Report on the Civil Veterinary Department, Eastern Bengal and Assam - 1907-1911
Year: 1907
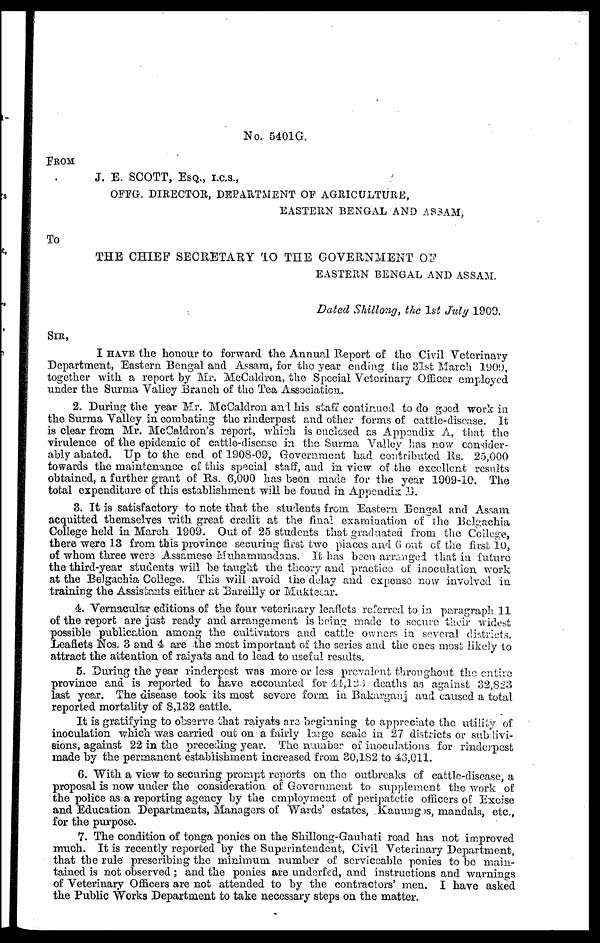
No. 5401G.
FROM
J. E. SCOTT, ESQ., I.C.S.,
OFFG. DIRECTOR, DEPARTMENT OF AGRICULTURE,
EASTERN BENGAL AND ASSAM,
To
THE CHIEF SECRETARY TO THE GOVERNMENT OF
EASTERN BENGAL AND ASSAM.
Dated Shillong, the 1st July 1909.
SIR,
I HAVE the honour to forward the Annual Report of the Civil Veterinary-
Department, Eastern Bengal and Assam, for the year ending the 31st March 1909,
together with a report by Mr. McCaldron, the Special Veterinary Officer employed
under the Surma Valley Branch of the Tea Association.
2. During the year Mr. McCaldron and his staff continued to do good work in
the Surma Valley in combating the rinderpest and other forms of cattle-disease. It
is clear from Mr. McCaldron's report, which is enclosed as Appendix A, that the
virulence of the epidemic of cattle-disease in the Surma Valley has now consider-
ably abated. Up to the end of 1908-09, Government had contributed Rs. 25,000
towards the maintenance of this special staff, and in view of the excellent results
obtained, a further grant of Rs. 6,000 has been made for the year 1909-10. The
total expenditure of this establishment will be found in Appendix B.
3. It is satisfactory to note that the students from Eastern Bengal and Assam
acquitted themselves with great credit at the final examination of the Belgachia
College held in March 1909. Out of 25 students that graduated from the College,
there were 13 from this province securing first two places and 6 out of the first 10,
of whom three were Assamese Muhammadans. It has been arranged that in future
the third-year students will be taught the theory and practice of inoculation work
at the Belgachia College. This will avoid the delay and expense now involved in
training the Assistants either at Bareilly or Muktesar.
4. Vernacular editions of the four veterinary leaflets referred to in paragraph 11
of the report are just ready and arrangement is being made to secure their widest
possible publication among the cultivators and cattle owners in several districts.
Leaflets Nos. 3 and 4 are the most important of the series and the ones most likely to
attract the attention of raiyats and to lead to useful results.
5. During the year rinderpest was more or less prevalent throughout the entire
province and is reported to have accounted for 44,123 deaths as against 32,823
last year. The disease took its most severe form in Bakarganj and caused a total
reported mortality of 8,132 cattle.
It is gratifying to observe that raiyata are beginning to appreciate the utility of
inoculation which was carried out on a fairly large scale in 27 districts or subdivi-
sions, against 22 in the preceding year. The number of inoculations for rinderpest
made by the permanent establishment increased from 30,1S2 to 43,011.
6. With a view to securing prompt reports on the outbreaks of cattle-disease, a
proposal is now under the consideration of Government to supplement the work of
the police as a reporting agency by the employment of peripatetic officers of: Excise
and Education Departments, Managers of Wards' estates, Kanungos, mandals, etc.,
for the purpose.
7. The condition of tonga ponies on the Shillong-Gauhati road has not improved
much. It is recently reported by the Superintendent, Civil Veterinary Department,
that the rule prescribing the minimum number of serviceable ponies to be main-
tained is not observed; and the ponies are underfed, and instructions and warnings
of Veterinary Officers are not attended to by the contractors' men. I have asked
the Public Works Department to take necessary steps on the matter.